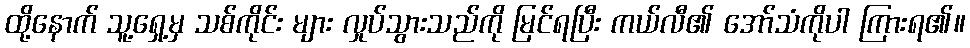
ထို့နောက် သူ့ရှေ့မှ သစ်ကိုင်း များ လှုပ်သွားသည်ကို မြင်ရပြီး ကယ်လီ၏ အော်သံကိုပါ ကြားရ၏။